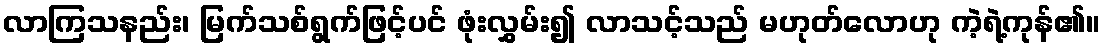
လာကြသနည်း၊ မြက်သစ်ရွက်ဖြင့်ပင် ဖုံးလွှမ်း၍ လာသင့်သည် မဟုတ်လောဟု ကဲ့ရဲ့ကုန်၏။